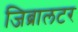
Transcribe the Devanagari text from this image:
जिब्रालटर